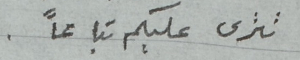
تنزل عليكم تباعاً .